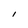
Character: I